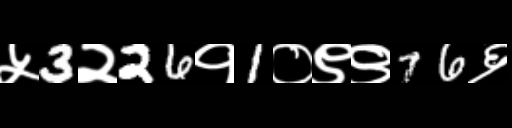
Text: ५3२26१1०९९76६